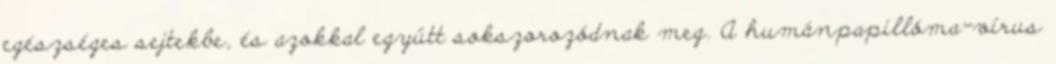
egészséges sejtekbe, és azokkal együtt sokszorozódnak meg. A humánpapillóma-vírus